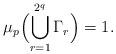
LaTeX: \begin{align*} \mu_p\Bigl(\bigcup_{r=1}^{2^q}\Gamma_r\Bigr)=1.\end{align*}